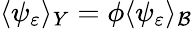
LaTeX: \langle\psi_{\varepsilon}\rangle_{Y}=\phi\langle\psi_{\varepsilon}\rangle_{\mathcal{B}}